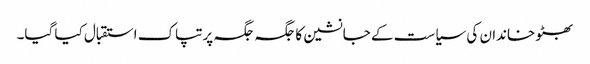
بھٹو خاندان کی سیاست کے جانشین کا جگہ جگہ پرتپاک استقبال کیا گیا۔